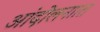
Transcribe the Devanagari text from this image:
आंदोलनाात